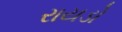
રાયડો